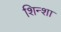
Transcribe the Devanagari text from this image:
शिन्शा